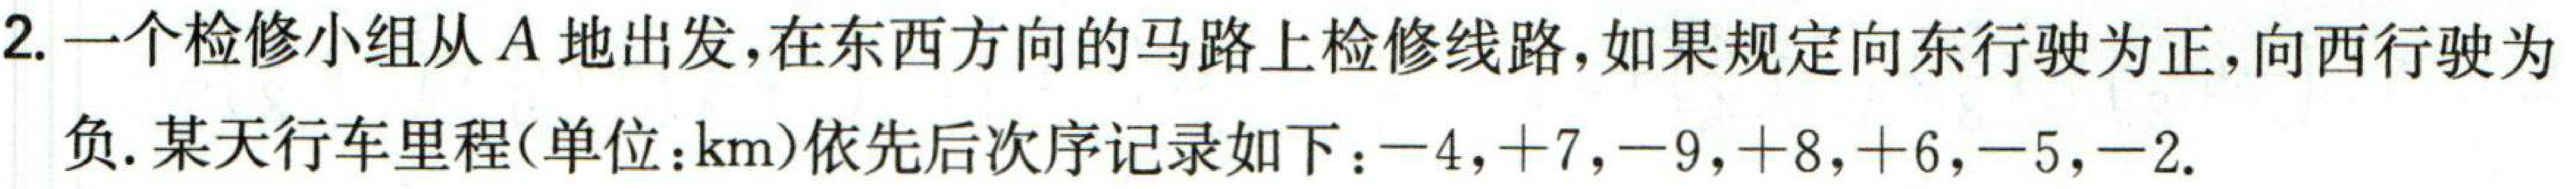
2. 一个检修小组从\(A\)地出发，在东西方向的马路上检修线路，如果规定向东行驶为正，向西行驶为
负. 某天行车里程(单位：\(km\))依先后次序记录如下：\(-4,+7,-9,+8,+6,-5,-2\).